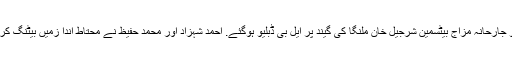
قومی ٹیم نے اننگز کا آٖغاز کیا تو جارحانہ مزاج بیٹسمین شرجیل خان ملنگا کی گیند پر ایل بی ڈبلیو ہوگئے. احمد شہزاد اور محمد حفیظ نے محتاط اندا زمیں بیٹنگ کرتے ہوئے اسکور کو آگے بڑھایا۔